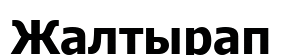
Жалтырап